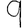
Digit: 9